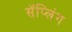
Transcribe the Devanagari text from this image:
सॅप्लिंग